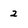
Character: 2